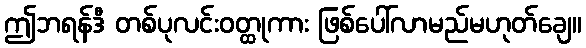
ဤဘရန်ဒီ တစ်ပုလင်းဝတ္ထုကား ဖြစ်ပေါ်လာမည်မဟုတ်ချေ။